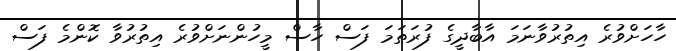
ހާހަށްވުރެ އިތުުރުވާނަމަ އާބާދީގެ ފުރަތަމަ ފަސް ހާސް މީހުންނަށްވުރެ އިތުރުވާ ކޮންމެ ފަސް